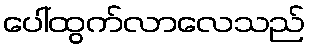
ပေါ်ထွက်လာလေသည်